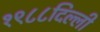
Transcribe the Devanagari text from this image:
१९८८दिल्ली